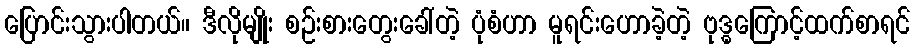
ပြောင်းသွားပါတယ်။ ဒီလိုမျိုး စဉ်းစားတွေးခေါ်တဲ့ ပုံစံဟာ မူရင်းဟောခဲ့တဲ့ ဗုဒ္ဓကြောင့်ထက်စာရင်